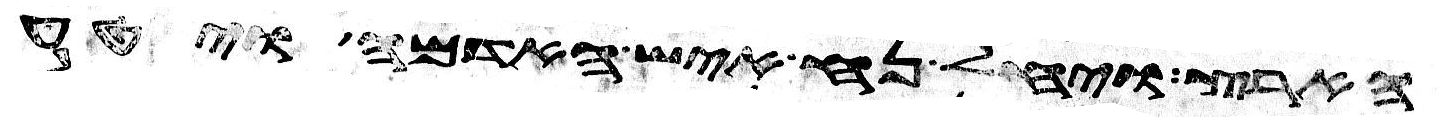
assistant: הארץ ויחל נח איש האדמה ויטע